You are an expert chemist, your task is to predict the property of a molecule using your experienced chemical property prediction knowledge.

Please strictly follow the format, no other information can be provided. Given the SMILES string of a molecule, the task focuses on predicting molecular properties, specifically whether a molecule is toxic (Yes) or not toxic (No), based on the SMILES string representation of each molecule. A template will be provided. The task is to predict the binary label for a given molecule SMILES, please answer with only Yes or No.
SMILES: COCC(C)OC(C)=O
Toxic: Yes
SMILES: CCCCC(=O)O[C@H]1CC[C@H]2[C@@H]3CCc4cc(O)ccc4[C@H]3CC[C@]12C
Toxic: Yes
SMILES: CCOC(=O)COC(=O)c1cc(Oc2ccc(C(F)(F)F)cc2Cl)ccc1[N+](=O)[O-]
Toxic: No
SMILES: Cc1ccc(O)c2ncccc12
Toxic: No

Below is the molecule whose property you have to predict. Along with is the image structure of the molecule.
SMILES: CCOC(=O)Cc1ccccc1
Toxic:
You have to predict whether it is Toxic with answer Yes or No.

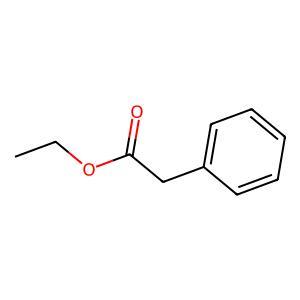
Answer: No